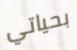
بحياتي